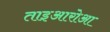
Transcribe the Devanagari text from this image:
ताइआरोआ